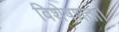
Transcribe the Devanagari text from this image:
विशेषणता।